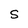
Character: S